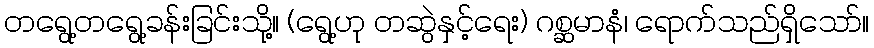
တရွေ့တရွေ့ခန်းခြင်းသို့။ (ရွေ့ဟု တဆွဲနှင့်ရေး) ဂစ္ဆမာနံ၊ ရောက်သည်ရှိသော်။